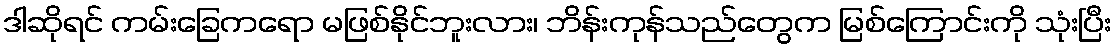
ဒါဆိုရင် ကမ်းခြေကရော မဖြစ်နိုင်ဘူးလား၊ ဘိန်းကုန်သည်တွေက မြစ်ကြောင်းကို သုံးပြီး